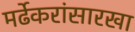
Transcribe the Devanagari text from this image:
मर्ढेकरांसारखा